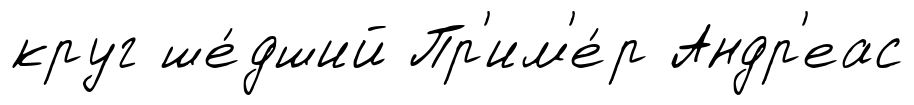
круг ше́дший Пр'им'е́р Андр'еас